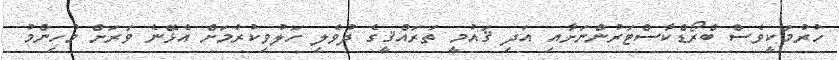
ހުރުމަކީވެސް ބްރޯޑްކާސްޓަރުންނަށާއި އަދި ޤައުމީ ތަރައްޤީގެ ދުވެލި ހަލުވިކުރުމަށް އެޅޭނެ ވަރަށް މުހިންމު